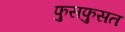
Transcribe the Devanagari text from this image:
फुसफुसत